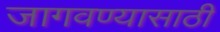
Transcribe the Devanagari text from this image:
जागवण्यासाठी